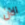
الآن